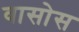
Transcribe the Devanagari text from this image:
वासोस